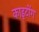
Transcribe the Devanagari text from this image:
काइटोंग